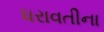
ધરાવતીના